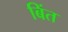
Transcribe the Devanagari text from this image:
बिंत